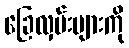
ခြေလှမ်းများကို